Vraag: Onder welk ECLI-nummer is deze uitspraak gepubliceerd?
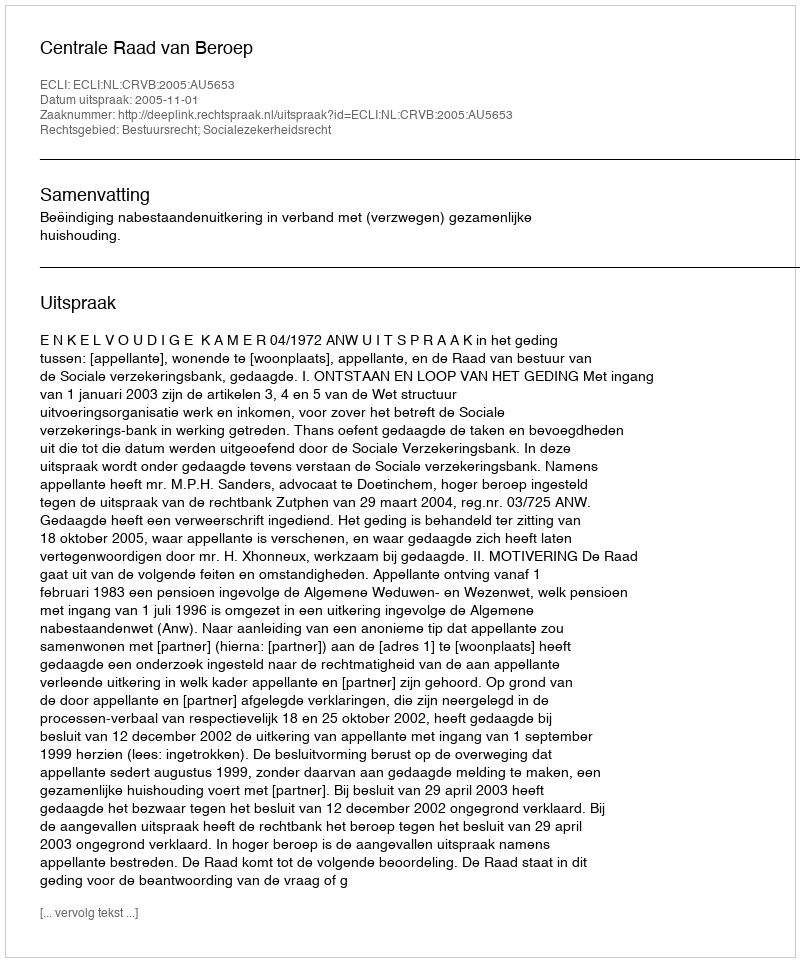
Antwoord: ECLI:NL:CRVB:2005:AU5653